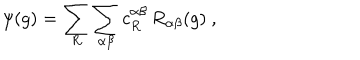
LaTeX: \psi ( g ) = \sum _ { R } \sum _ { \alpha \beta } c _ { R } ^ { \alpha \beta } \, R _ { \alpha \beta } ( g ) ~ ,